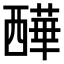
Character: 𧠁